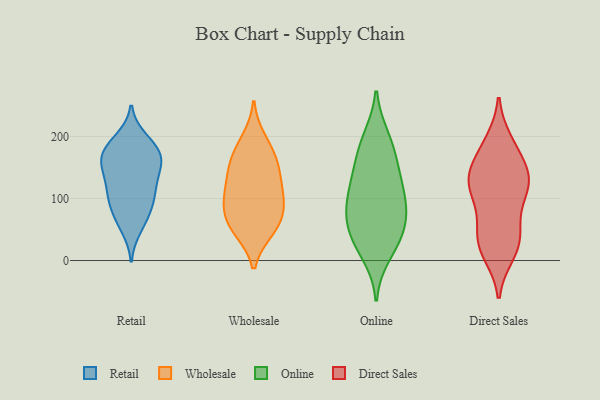
{"axis": {"x": "Demand Index", "y": "Value"}, "legend": ["Direct Sales", "Online", "Retail", "Wholesale"], "data": [{"x": "", "y": 113, "type": "Retail"}, {"x": "", "y": 196, "type": "Retail"}, {"x": "", "y": 159, "type": "Retail"}, {"x": "", "y": 186, "type": "Retail"}, {"x": "", "y": 150, "type": "Retail"}, {"x": "", "y": 168, "type": "Retail"}, {"x": "", "y": 163, "type": "Retail"}, {"x": "", "y": 172, "type": "Retail"}, {"x": "", "y": 97, "type": "Retail"}, {"x": "", "y": 104, "type": "Retail"}, {"x": "", "y": 140, "type": "Retail"}, {"x": "", "y": 52, "type": "Retail"}, {"x": "", "y": 71, "type": "Retail"}, {"x": "", "y": 132, "type": "Retail"}, {"x": "", "y": 70, "type": "Retail"}, {"x": "", "y": 183, "type": "Retail"}, {"x": "", "y": 102, "type": "Retail"}, {"x": "", "y": 114, "type": "Wholesale"}, {"x": "", "y": 177, "type": "Wholesale"}, {"x": "", "y": 110, "type": "Wholesale"}, {"x": "", "y": 195, "type": "Wholesale"}, {"x": "", "y": 154, "type": "Wholesale"}, {"x": "", "y": 74, "type": "Wholesale"}, {"x": "", "y": 59, "type": "Wholesale"}, {"x": "", "y": 155, "type": "Wholesale"}, {"x": "", "y": 140, "type": "Wholesale"}, {"x": "", "y": 49, "type": "Wholesale"}, {"x": "", "y": 50, "type": "Wholesale"}, {"x": "", "y": 89, "type": "Wholesale"}, {"x": "", "y": 96, "type": "Wholesale"}, {"x": "", "y": 80, "type": "Online"}, {"x": "", "y": 91, "type": "Online"}, {"x": "", "y": 117, "type": "Online"}, {"x": "", "y": 51, "type": "Online"}, {"x": "", "y": 198, "type": "Online"}, {"x": "", "y": 163, "type": "Online"}, {"x": "", "y": 190, "type": "Online"}, {"x": "", "y": 37, "type": "Online"}, {"x": "", "y": 147, "type": "Online"}, {"x": "", "y": 63, "type": "Online"}, {"x": "", "y": 125, "type": "Online"}, {"x": "", "y": 10, "type": "Online"}, {"x": "", "y": 92, "type": "Online"}, {"x": "", "y": 31, "type": "Online"}, {"x": "", "y": 11, "type": "Direct Sales"}, {"x": "", "y": 133, "type": "Direct Sales"}, {"x": "", "y": 26, "type": "Direct Sales"}, {"x": "", "y": 141, "type": "Direct Sales"}, {"x": "", "y": 191, "type": "Direct Sales"}, {"x": "", "y": 184, "type": "Direct Sales"}, {"x": "", "y": 129, "type": "Direct Sales"}, {"x": "", "y": 43, "type": "Direct Sales"}, {"x": "", "y": 133, "type": "Direct Sales"}, {"x": "", "y": 130, "type": "Direct Sales"}, {"x": "", "y": 36, "type": "Direct Sales"}, {"x": "", "y": 17, "type": "Direct Sales"}, {"x": "", "y": 173, "type": "Direct Sales"}, {"x": "", "y": 121, "type": "Direct Sales"}, {"x": "", "y": 92, "type": "Direct Sales"}, {"x": "", "y": 106, "type": "Direct Sales"}, {"x": "", "y": 59, "type": "Direct Sales"}]}